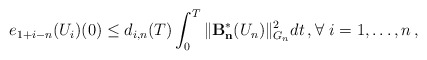
\begin{align*}e_{1+i-n}(U_i)(0) \le d_{i,n}(T) \int_0^T \| \mathcal{\mathbf{B^{\ast}_n}}(U_n) \|_{G_{n}}^2 dt \,,\forall \ i=1, \ldots, n \,,\end{align*}